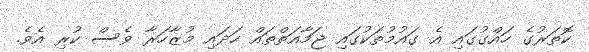
ކޮތަރުގެ ހައްގުގައި އެ ގައުމުތަކުގައި ޖަމާއަތްތައް ހަދައި މުޒާހަރާ ވެސް ކުރި އެވެ.